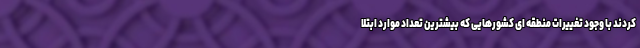
کردند با وجود تغییرات منطقه ای کشورهایی که بیشترین تعداد موارد ابتلا